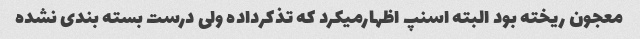
معجون ریخته بود البته اسنپ اظهارمیکرد که تذکرداده ولی درست بسته بندی نشده